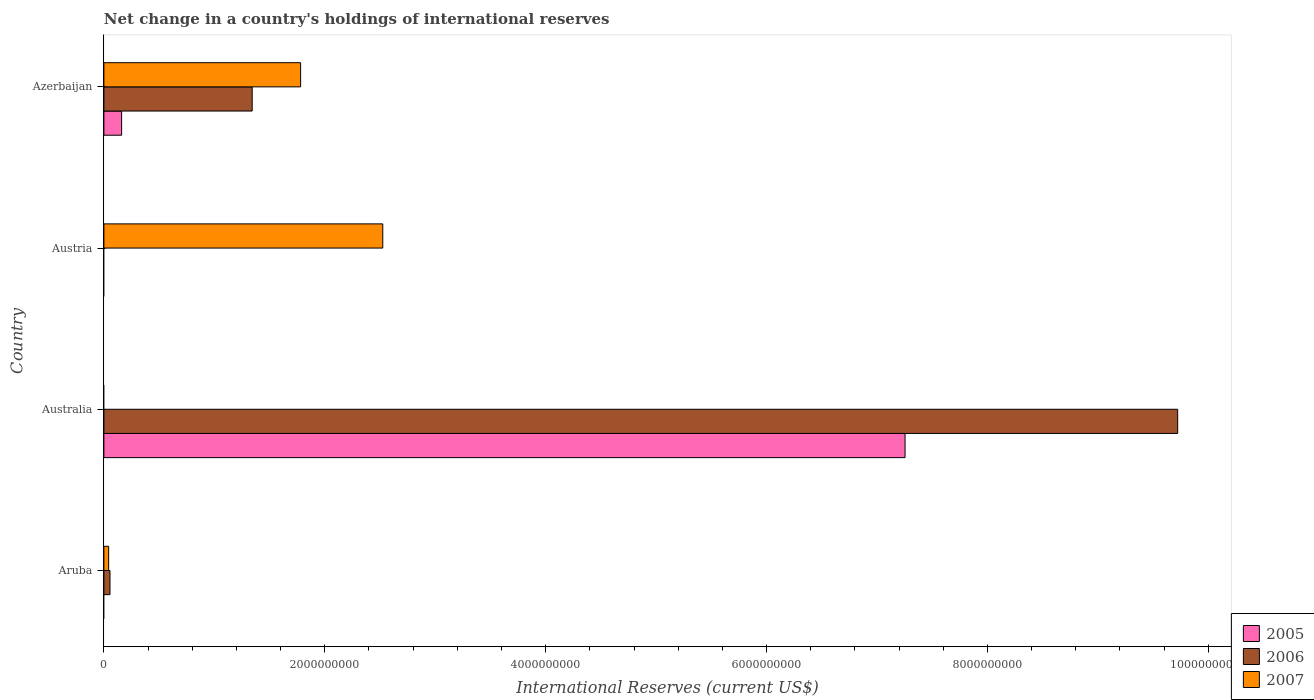
| Country | 2005 | 2006 | 2007 |
 | --- | --- | --- | --- |
 | Aruba | -2.22e+07 | 5.51e+07 | 4.32e+07 |
 | Australia | 7.25e+09 | 9.72e+09 | -3.51e+10 |
 | Austria | -7.5e+08 | -8.61e+08 | 2.53e+09 |
 | Azerbaijan | 1.61e+08 | 1.34e+09 | 1.78e+09 |